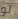
لو